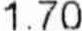
1.70